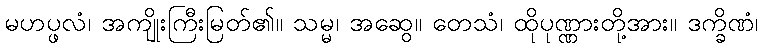
မဟပ္ဖလံ၊ အကျိုးကြီးမြတ်၏။ သမ္မ၊ အဆွေ။ တေသံ၊ ထိုပုဏ္ဏားတို့အား။ ဒက္ခိဏံ၊